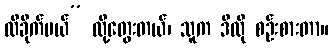
ထိခိုက်မယ်” လို့တွေးတယ်၊ သူက ဒီလို စဉ်းစားတာ။